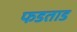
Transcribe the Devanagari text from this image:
फडताड